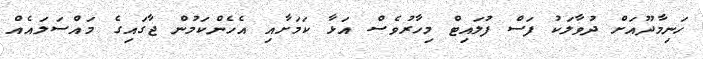
ހަނިމާދޫއަށް ދުވާލަކު ފަސް ފުލައިޓް މިހާރުވެސް އަޅާ ކަމަށާއި އެހެންކަމުން ޖާގައިގެ މައްސަލައެއް